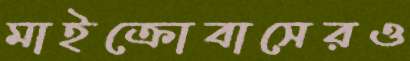
মাইক্রোবাসেরও